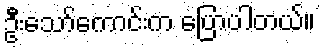
ဦးသော်ကောင်းက ပြောပါတယ်။